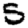
Digit: 5